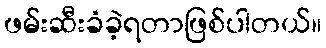
ဖမ်းဆီးခံခဲ့ရတာဖြစ်ပါတယ်။